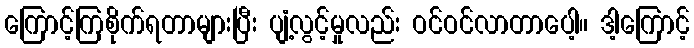
ကြောင့်ကြစိုက်ရတာများပြီး ပျံ့လွင့်မှုလည်း ဝင်ဝင်လာတာပေါ့။ ဒါ့ကြောင့်